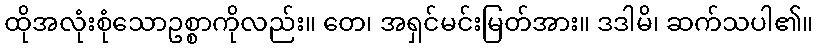
ထိုအလုံးစုံသောဥစ္စာကိုလည်း။ တေ၊ အရှင်မင်းမြတ်အား။ ဒဒါမိ၊ ဆက်သပါ၏။